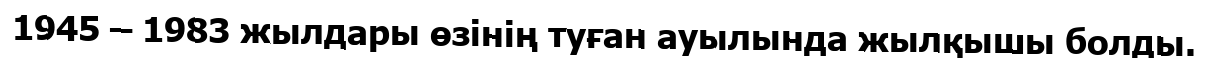
1945 – 1983 жылдары өзінің туған ауылында жылқышы болды.